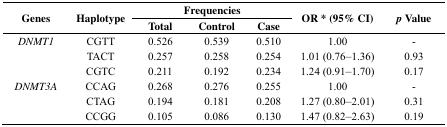
| <ROWSPAN=3> Genes | <ROWSPAN=3> Haplotype | <COLSPAN=3> Frequencies | <ROWSPAN=3> OR * (95% CI) | <ROWSPAN=3> p Value |
 | Total | Control | Case |
 | --- | --- | --- | --- | --- | --- | --- |
 | DNMT1 | CGTT | 0.526 | 0.539 | 0.510 | 1.00 | - |
 |  | TACT | 0.257 | 0.258 | 0.254 | 1.01 (0.76–1.36) | 0.93 |
 |  | CGTC | 0.211 | 0.192 | 0.234 | 1.24 (0.91–1.70) | 0.17 |
 | DNMT3A | CCAG | 0.268 | 0.276 | 0.255 | 1.00 | - |
 |  | CTAG | 0.194 | 0.181 | 0.208 | 1.27 (0.80–2.01) | 0.31 |
 |  | CCGG | 0.105 | 0.086 | 0.130 | 1.47 (0.82–2.63) | 0.19 |